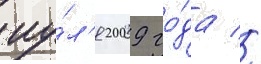
иу́л'я 2009 го́да //